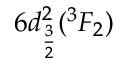
6 d _ { \frac { 3 } { 2 } } ^ { 2 } ( ^ { 3 } F _ { 2 } )